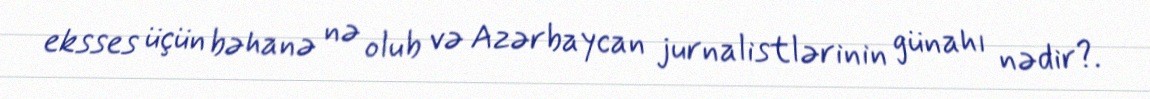
eksses üçün bəhanə nə olub və Azərbaycan jurnalistlərinin günahı nədir?.